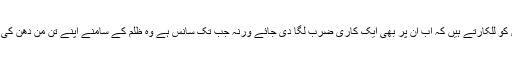
وہ ابن الوقت،مفاد پرست اور انسان نما بھیڑیوں کو للکارتے ہیں کہ اب ان پر بھی ایک کاری ضرب لگا دی جائے ورنہ جب تک سانس ہے وہ ظلم کے سامنے اپنے تن من دھن کی بازی لگانے کے لیے ہمہ وقت تیار رہیں گے۔